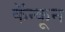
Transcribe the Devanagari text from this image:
कॅन्कून